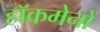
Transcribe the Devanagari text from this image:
हाॅकमेनों